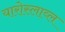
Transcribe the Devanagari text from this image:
यारोस्लाव्ल